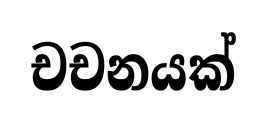
චචනයක්